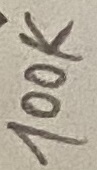
Text: 100K